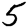
Digit: 5